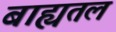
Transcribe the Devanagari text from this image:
बाह्यतल